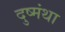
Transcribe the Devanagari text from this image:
दुष्मंथा